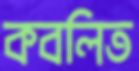
কবলিত